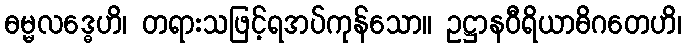
ဓမ္မလဒ္ဓေဟိ၊ တရားသဖြင့်ရအပ်ကုန်သော။ ဥဋ္ဌာနဝီရိယာဓိဂတေဟိ၊